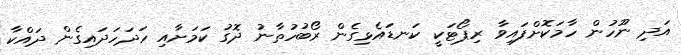
އަދި ނޫހުން ހާމަކޮށްފައިވާ ރިޕޯޓަކީ ކަނޑައެޅިގެން ރޯބުހުތާނު ދޮގު ކަމަށާއި ހަދަހަދައިގެން ދައްކާ